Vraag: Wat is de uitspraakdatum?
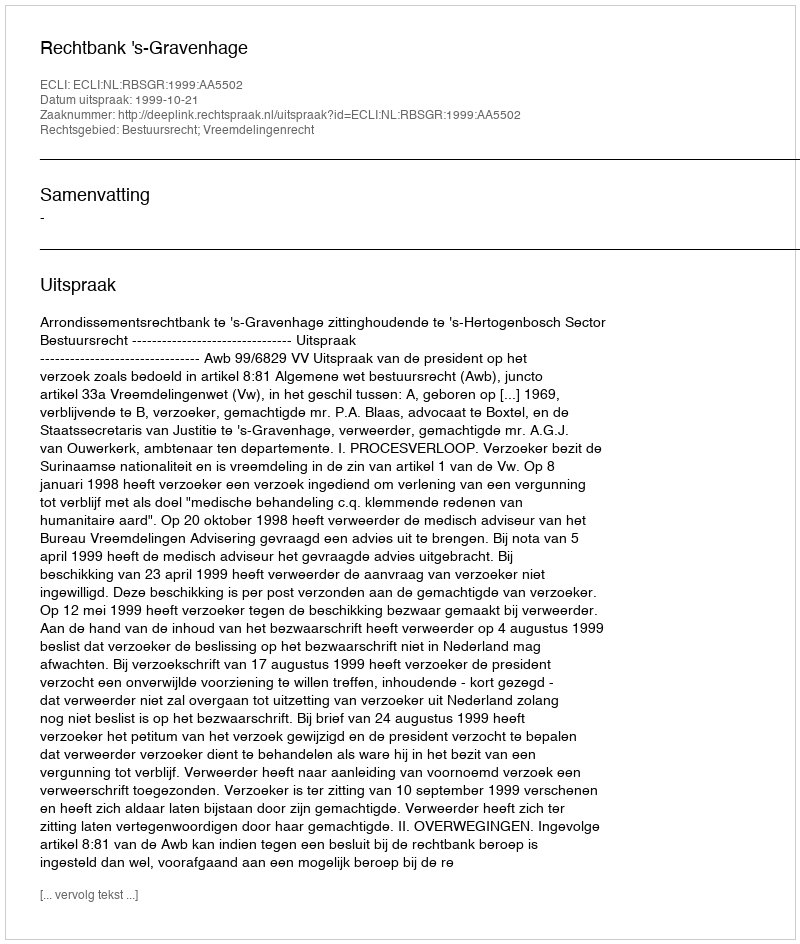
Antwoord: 1999-10-21